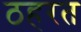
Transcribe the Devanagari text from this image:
ठहरत